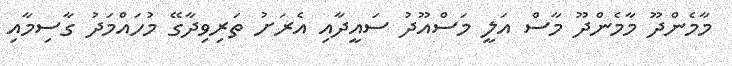
މާމެންދޫ މާމެންދޫ މާސް އަލީ މަސްއޫދު ސައީދާއި އެރަށު ތަރިވިދާގޭ މުހައްމަދު ގާސިމާއި